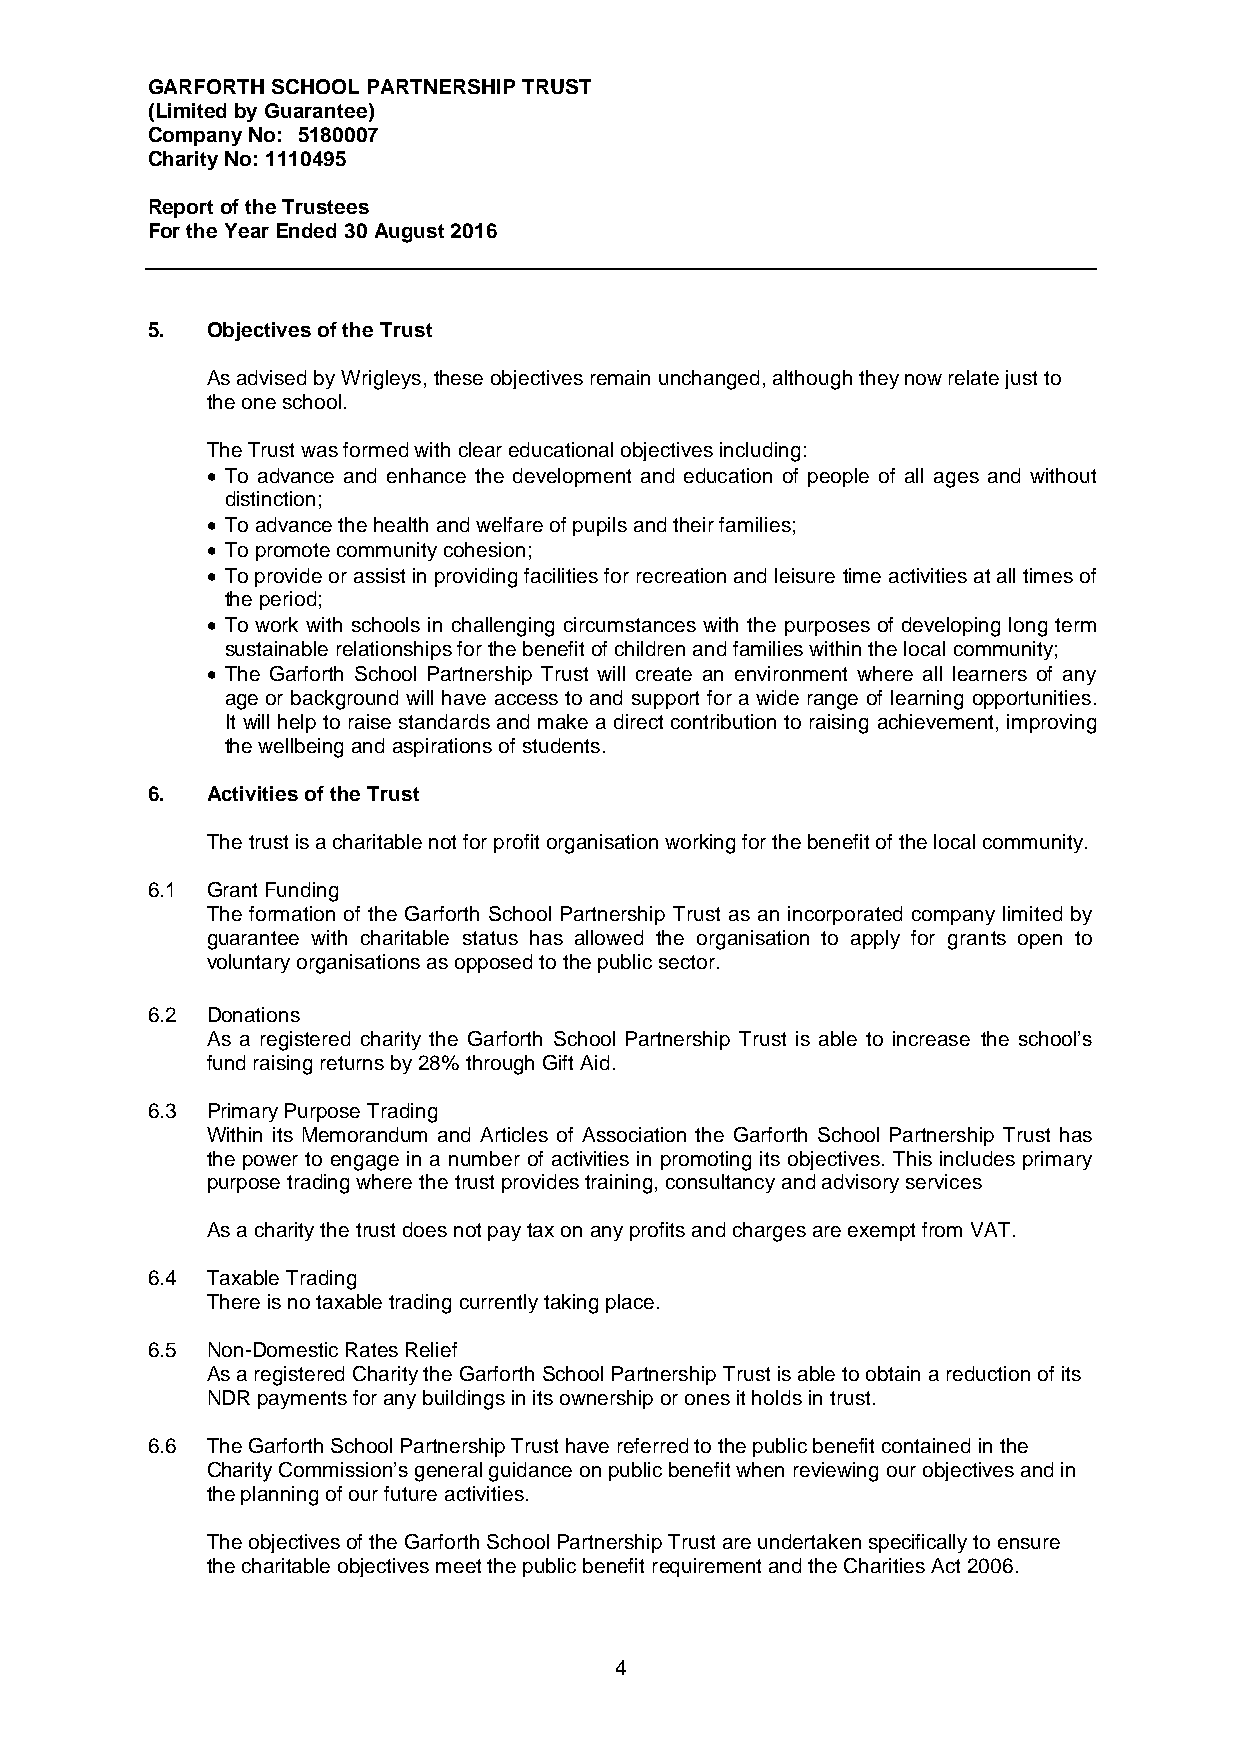
GARFORTH SCHOOL PARTNERSHIP TRUST
 (Limited by Guarantee)
 Company No: 5180007
 Charity No: 1110495
 Report of the Trustees
 For the Year Ended 30 August 2016
 5.  Objectives of the Trust
 As advised by Wrigleys, these objectives remain unchanged, although they now relate just to
 the one school.
 The Trust was formed with clear educational objectives including:
  To advance and enhance the development and education of people of all ages and without
 distinction;
  To advance the health and welfare of pupils and their families;
  To promote community cohesion;
  To provide or assist in providing facilities for recreation and leisure time activities at all times of
 the period;
  To work with schools in challenging circumstances with the purposes of developing long term
 sustainable relationships for the benefit of children and families within the local community;
  The Garforth School Partnership Trust will create an environment where all learners of any
 age or background will have access to and support for a wide range of learning opportunities.
 It will help to raise standards and make a direct contribution to raising achievement, improving
 the wellbeing and aspirations of students.
 6.  Activities of the Trust
 The trust is a charitable not for profit organisation working for the benefit of the local community.
 6.1 Grant Funding
 The formation of the Garforth School Partnership Trust as an incorporated company limited by
 guarantee with charitable status has allowed the organisation to apply for grants open to
 voluntary organisations as opposed to the public sector.
 6.2 Donations
 As a registered charity the Garforth School Partnership Trust is able to increase the school’s
 fund raising returns by 28% through Gift Aid.
 6.3 Primary Purpose Trading
 Within its Memorandum and Articles of Association the Garforth School Partnership Trust has
 the power to engage in a number of activities in promoting its objectives. This includes primary
 purpose trading where the trust provides training, consultancy and advisory services
 As a charity the trust does not pay tax on any profits and charges are exempt from VAT.
 6.4 Taxable Trading
 There is no taxable trading currently taking place.
 6.5 Non-Domestic Rates Relief
 As a registered Charity the Garforth School Partnership Trust is able to obtain a reduction of its
 NDR payments for any buildings in its ownership or ones it holds in trust.
 6.6 The Garforth School Partnership Trust have referred to the public benefit contained in the
 Charity Commission’s general guidance on public benefit when reviewing our objectives and in
 the planning of our future activities.
 The objectives of the Garforth School Partnership Trust are undertaken specifically to ensure
 the charitable objectives meet the public benefit requirement and the Charities Act 2006.
 4